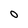
Character: O